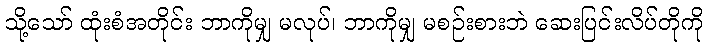
သို့သော် ထုံးစံအတိုင်း ဘာကိုမျှ မလုပ်၊ ဘာကိုမျှ မစဉ်းစားဘဲ ဆေးပြင်းလိပ်တိုကို